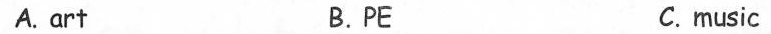
A.art B.PE C.music